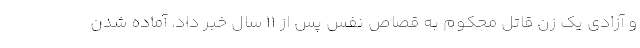
و آزادی یک زن قاتل محکوم به قصاص نفس پس از ۱۱ سال خبر داد. آماده شدن